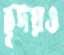
হূদয়ও